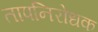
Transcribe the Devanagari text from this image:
तापनिरोधक